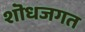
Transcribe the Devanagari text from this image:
शॊधजगत